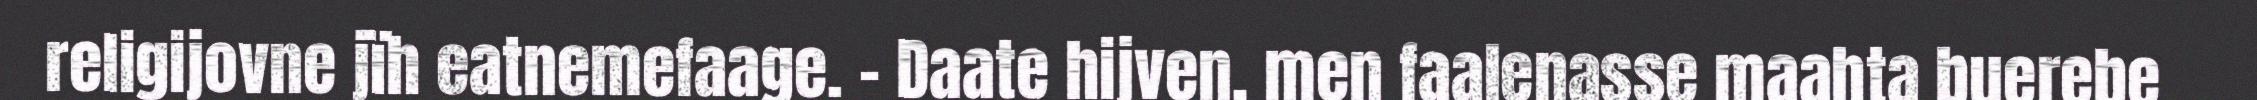
religijovne jïh eatnemefaage. – Daate hijven, men faalenasse maahta buerebe